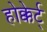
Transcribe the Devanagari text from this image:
होक्केर्ट्